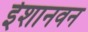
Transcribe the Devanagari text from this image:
ईशानवन